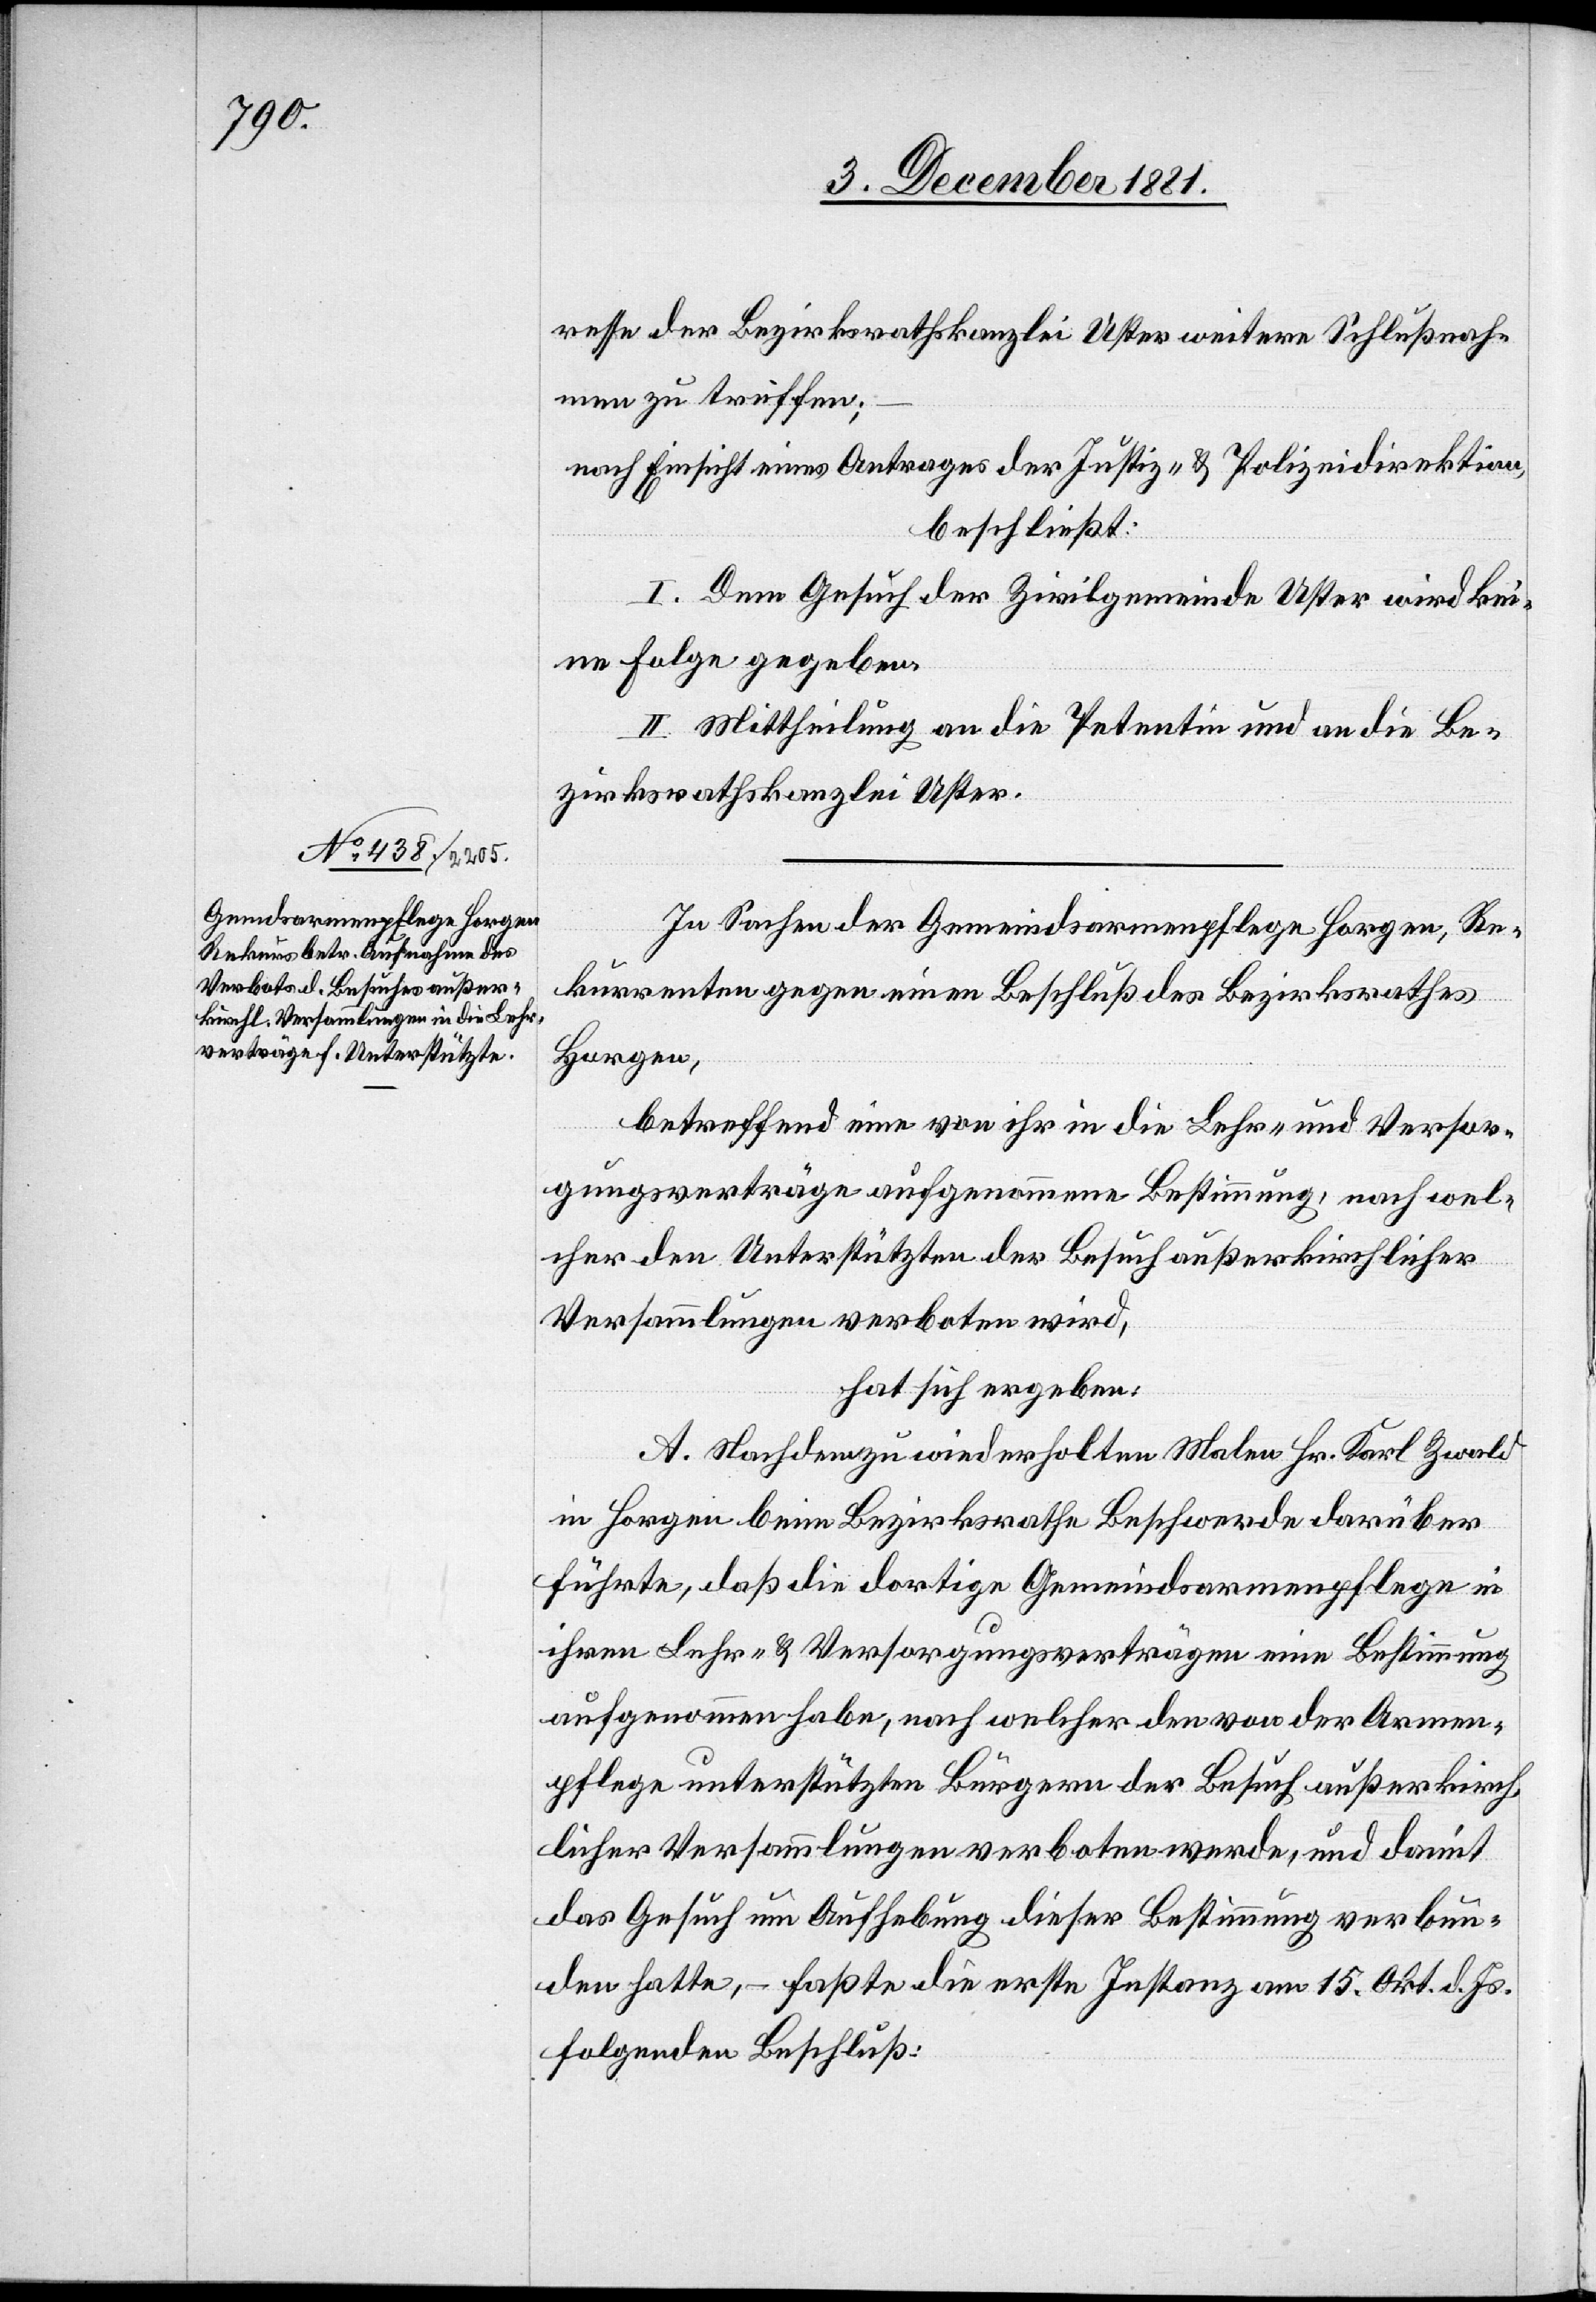
resse der Bezirksrathskanzlei Uster weitere Schlußnah¬
men zu treffen;
nach Einsicht eines Antrages der Justiz- & Polizeidirektion,
beschließt:
I. Dem Gesuch der Zivilgemeinde Uster wird kei¬
ne Folge gegeben.
II. Mittheilung an die Petentin und an die Be¬
zirksrathskanzlei Uster.
In Sachen der Gemeindsarmenpflege Horgen, Re¬
kurrenten gegen einen Beschluß des Bezirksrathes
Horgen,
betreffend eine von ihr in die Lehr- und Versor¬
gungsverträge aufgenommene Bestimmung, nach wel¬
cher den Unterstützten der Besuch außerkirchlicher
Versammlungen verboten wird,
hat sich ergeben:
A. Nachdem zu wiederholten Malen Hr. Karl Zwald
in Horgen beim Bezirksrathe Beschwerde darüber
führte, daß die dortige Gemeindsarmenpflege in
ihren Lehr- & Versorgungsverträgen eine Bestimmung
aufgenommen habe, nach welcher den von der Armen¬
pflege unterstützten Bürgern der Besuch außerkirch¬
licher Versammlungen verboten werde, und damit
das Gesuch um Aufhebung dieser Bestimmung verbun¬
den hatte, – faßte die erste Instanz am 15. Okt. d. Js.
folgenden Beschluß: